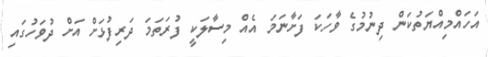
އަހައްމިއްޔަތުކަން ދިނުމުގެ ވާހަކަ ފަށާނަމަ އެއް މިސާލަކީ ފުރަތަމަ ދަރިފުޅަށް އަށް ދުވަހުގައި